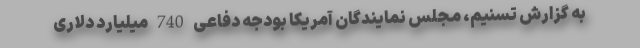
به گزارش تسنیم، مجلس نمایندگان آمریکا بودجه دفاعی 740 میلیارد دلاری